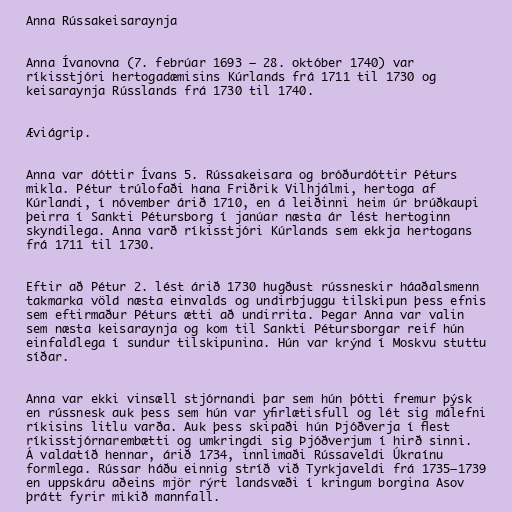
Anna Rússakeisaraynja

Anna Ívanovna (7. febrúar 1693 – 28. október 1740) var
ríkisstjóri hertogadæmisins Kúrlands frá 1711 til 1730 og
keisaraynja Rússlands frá 1730 til 1740.

Æviágrip.

Anna var dóttir Ívans 5. Rússakeisara og bróðurdóttir Péturs
mikla. Pétur trúlofaði hana Friðrik Vilhjálmi, hertoga af
Kúrlandi, í nóvember árið 1710, en á leiðinni heim úr brúðkaupi
þeirra í Sankti Pétursborg í janúar næsta ár lést hertoginn
skyndilega. Anna varð ríkisstjóri Kúrlands sem ekkja hertogans
frá 1711 til 1730.

Eftir að Pétur 2. lést árið 1730 hugðust rússneskir háaðalsmenn
takmarka völd næsta einvalds og undirbjuggu tilskipun þess efnis
sem eftirmaður Péturs ætti að undirrita. Þegar Anna var valin
sem næsta keisaraynja og kom til Sankti Pétursborgar reif hún
einfaldlega í sundur tilskipunina. Hún var krýnd í Moskvu stuttu
síðar.

Anna var ekki vinsæll stjórnandi þar sem hún þótti fremur þýsk
en rússnesk auk þess sem hún var yfirlætisfull og lét sig málefni
ríkisins litlu varða. Auk þess skipaði hún Þjóðverja í flest
ríkisstjórnarembætti og umkringdi sig Þjóðverjum í hirð sinni.
Á valdatíð hennar, árið 1734, innlimaði Rússaveldi Úkraínu
formlega. Rússar háðu einnig stríð við Tyrkjaveldi frá 1735–1739
en uppskáru aðeins mjör rýrt landsvæði í kringum borgina Asov
þrátt fyrir mikið mannfall.